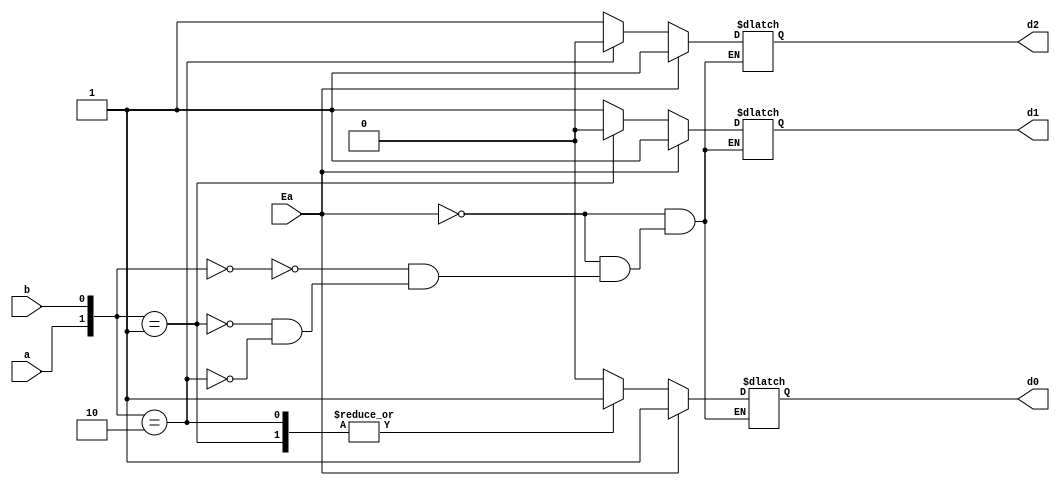
`timescale 1ns / 1ps
//////////////////////////////////////////////////////////////////////////////////
// Company: 
// Engineer: 
// 
// Design Name: 
// Module Name: two_three
// Project Name: 
// Target Devices: 
// Tool Versions: 
// Description: 
// 
// Dependencies: 
// 
// Revision:
// Revision 0.01 - File Created
// Additional Comments:
// 
//////////////////////////////////////////////////////////////////////////////////


module two_three(Ea,a, b, d0, d1, d2);
    input a, b,Ea;
        output reg d0, d1, d2;
        always @ (a or b or Ea)
        begin
        if(Ea)
        begin
         {d0,d1,d2} = 3'b111;
         end
         else
         begin
          case({a,b})
          2'b00: {d0,d1,d2} = 3'b011;
          2'b01: {d0,d1,d2} = 3'b101;
          2'b10: {d0,d1,d2} = 3'b110;
          endcase
        end
        end
endmodule